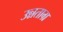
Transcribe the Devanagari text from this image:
उन्नताग्र